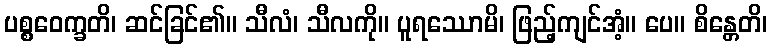
ပစ္စဝေက္ခတိ၊ ဆင်ခြင်၏။ သီလံ၊ သီလကို။ ပူရဿောမိ၊ ဖြည့်ကျင်အံ့။ ပေ။ စိန္တေတိ၊